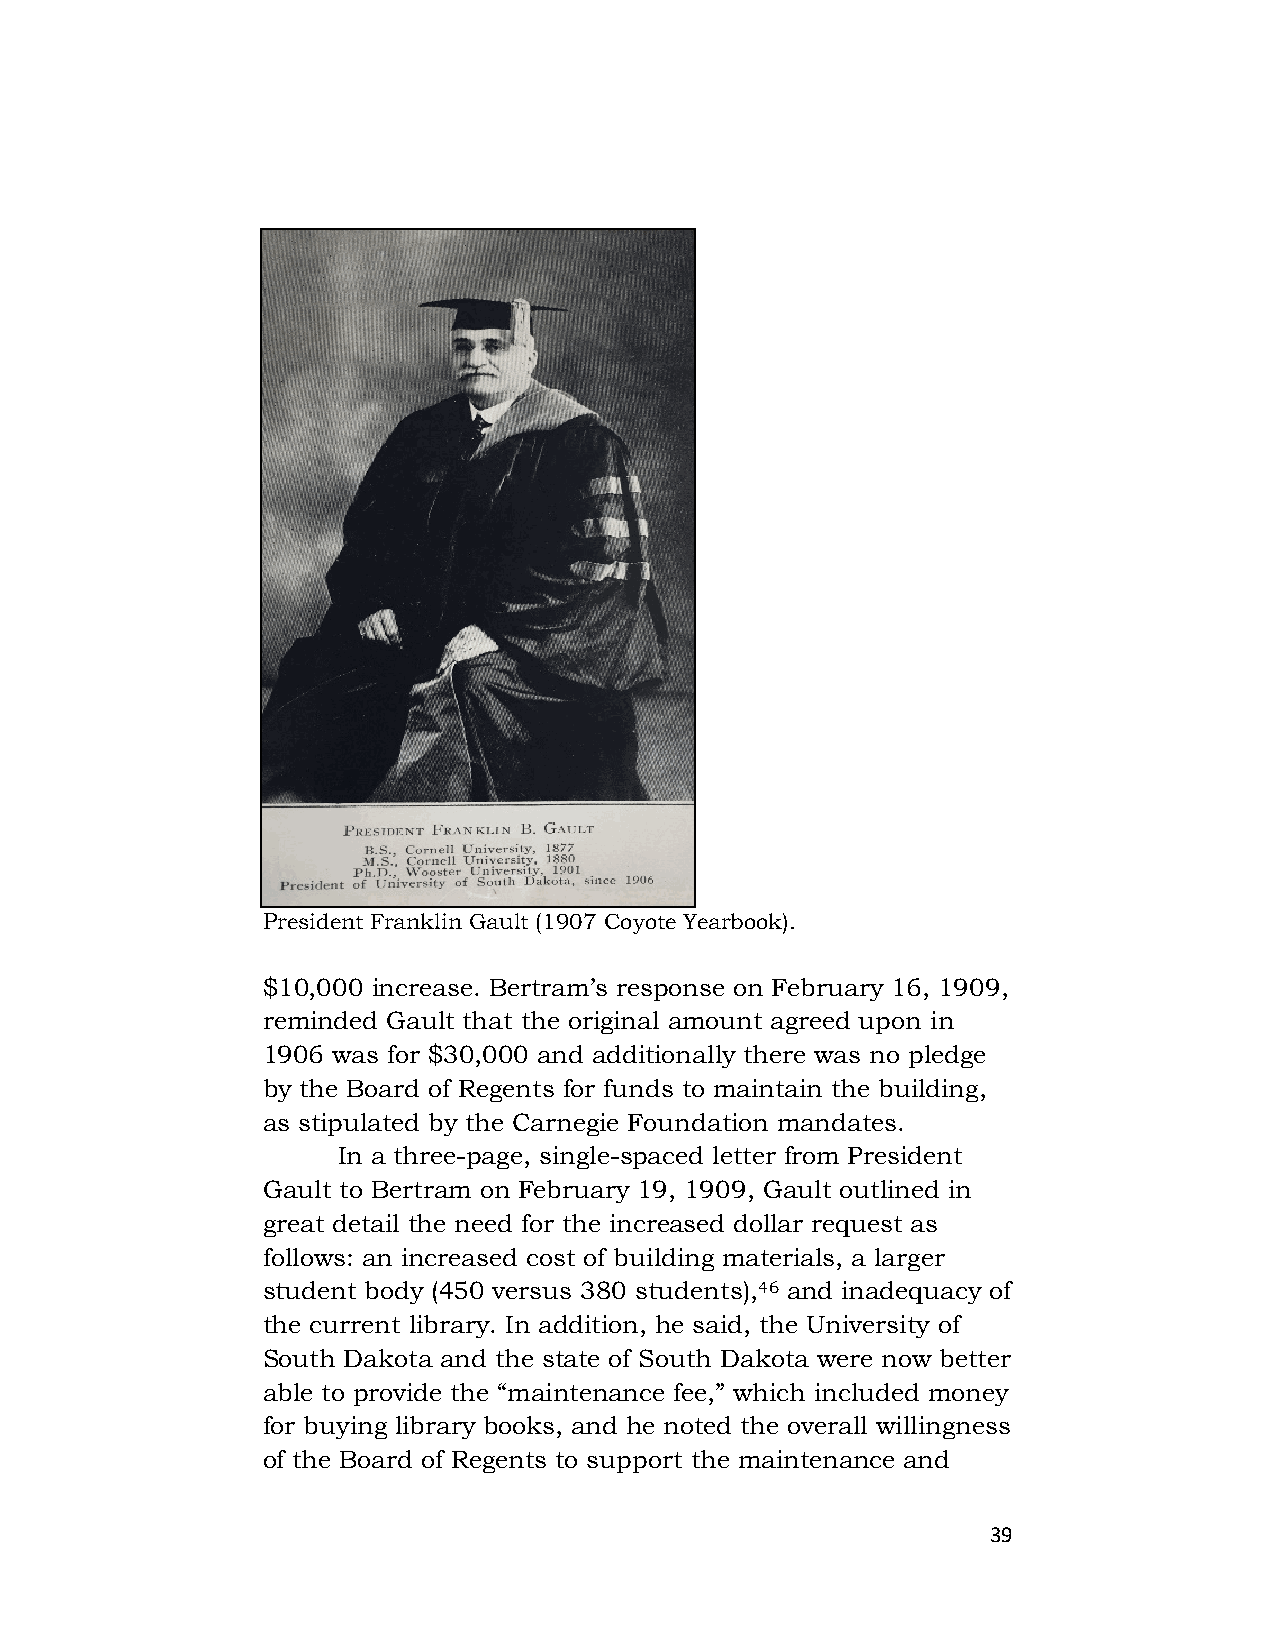
President Franklin Gault (1907 Coyote Yearbook).
 $10,000 increase. Bertram’s response on February 16, 1909,
 reminded Gault that the original amount agreed upon in
 1906 was for $30,000 and additionally there was no pledge
 by the Board of Regents for funds to maintain the building,
 as stipulated by the Carnegie Foundation mandates.
 In a three-page, single-spaced letter from President
 Gault to Bertram on February 19, 1909, Gault outlined in
 great detail the need for the increased dollar request as
 follows: an increased cost of building materials, a larger
 student body (450 versus 380 students),46 and inadequacy of
 the current library. In addition, he said, the University of
 South Dakota and the state of South Dakota were now better
 able to provide the “maintenance fee,” which included money
 for buying library books, and he noted the overall willingness
 of the Board of Regents to support the maintenance and
 39